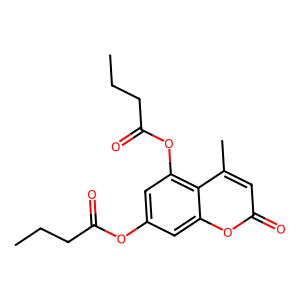
SMILES: CCCC(=O)Oc1cc(OC(=O)CCC)c2c(C)cc(=O)oc2c1
Inhibits HIV replication: No